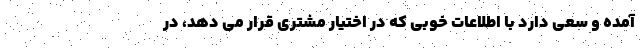
آمده و سعی دارد با اطلاعات خوبی که در اختیار مشتری قرار می دهد، در